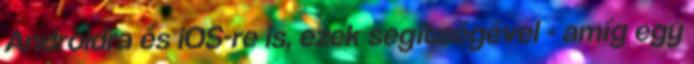
Androidra és iOS-re is, ezek segítségével - amíg egy